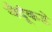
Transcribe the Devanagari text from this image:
वैदूंकडे